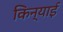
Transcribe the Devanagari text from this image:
किन्याई